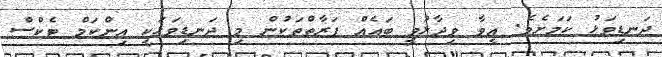
ދަނޑިވަޅު ކަމަށެވެ. އީވާ ވިދާޅުވީ ބައެއް ފަރާތްތަކުން މި ދަނޑިވަޅަކީ އިންކަމް ޓެކްސް